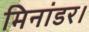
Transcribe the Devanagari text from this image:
मिनांडर।